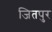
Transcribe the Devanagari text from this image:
जितपुर